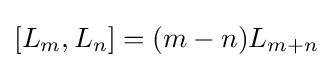
[L_{m},L_{n}]=(m-n)L_{m+n}